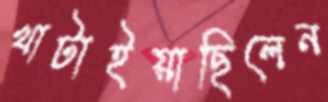
খাটাইয়াছিলেন